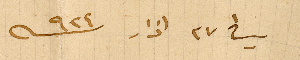
في ٢٧ اذار ٩٢٤